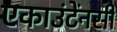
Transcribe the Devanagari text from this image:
एकाउंटेंनसी